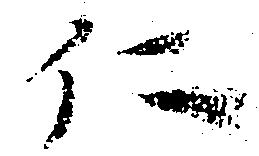
仁